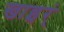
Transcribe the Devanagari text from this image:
खाइर्ं